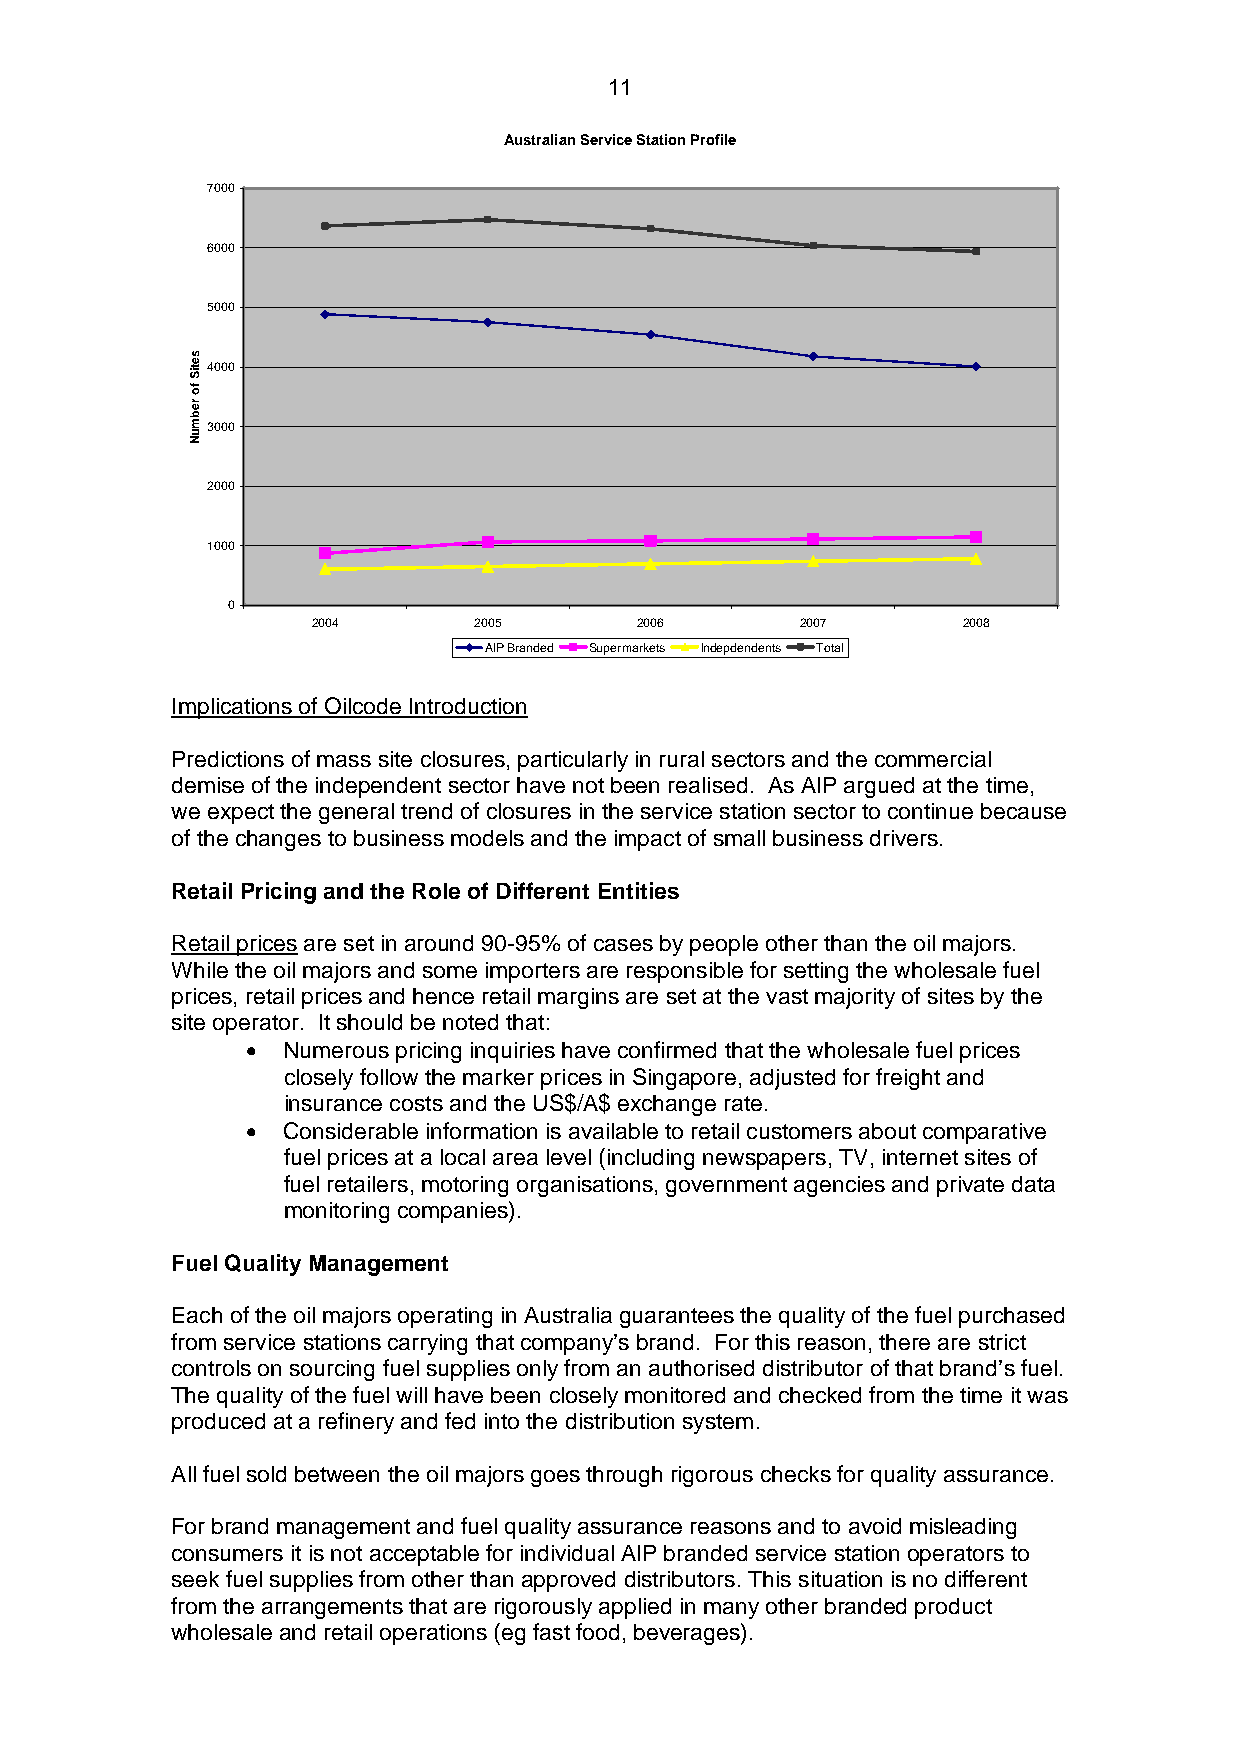
11
 Australian Service Station Profile
 7000
 6000
 5000
 4000
 3000
 2000
 1000
 0
 2004      2005       2006       2007       2008
 AIP Branded Supermarkets Indepdendents Total
 Implications of Oilcode Introduction
 Predictions of mass site closures, particularly in rural sectors and the commercial
 demise of the independent sector have not been realised. As AIP argued at the time,
 we expect the general trend of closures in the service station sector to continue because
 of the changes to business models and the impact of small business drivers.
 Retail Pricing and the Role of Different Entities
 Retail prices are set in around 90-95% of cases by people other than the oil majors.
 While the oil majors and some importers are responsible for setting the wholesale fuel
 prices, retail prices and hence retail margins are set at the vast majority of sites by the
 site operator. It should be noted that:
 •  Numerous pricing inquiries have confirmed that the wholesale fuel prices
 closely follow the marker prices in Singapore, adjusted for freight and
 insurance costs and the US$/A$ exchange rate.
 •  Considerable information is available to retail customers about comparative
 fuel prices at a local area level (including newspapers, TV, internet sites of
 fuel retailers, motoring organisations, government agencies and private data
 monitoring companies).
 Fuel Quality Management
 Each of the oil majors operating in Australia guarantees the quality of the fuel purchased
 from service stations carrying that company’s brand. For this reason, there are strict
 controls on sourcing fuel supplies only from an authorised distributor of that brand’s fuel.
 The quality of the fuel will have been closely monitored and checked from the time it was
 produced at a refinery and fed into the distribution system.
 All fuel sold between the oil majors goes through rigorous checks for quality assurance.
 For brand management and fuel quality assurance reasons and to avoid misleading
 consumers it is not acceptable for individual AIP branded service station operators to
 seek fuel supplies from other than approved distributors. This situation is no different
 from the arrangements that are rigorously applied in many other branded product
 wholesale and retail operations (eg fast food, beverages).
 setiS
 fo
 rebmuN